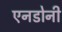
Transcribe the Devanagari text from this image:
एनडोनी